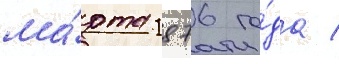
ма́рта 1876 го́да /